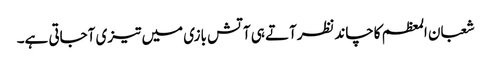
شعبان المعظم کاچاندنظرآتے ہی آتش بازی میں تیزی آجاتی ہے۔